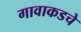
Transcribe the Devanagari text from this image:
गावाकडचे